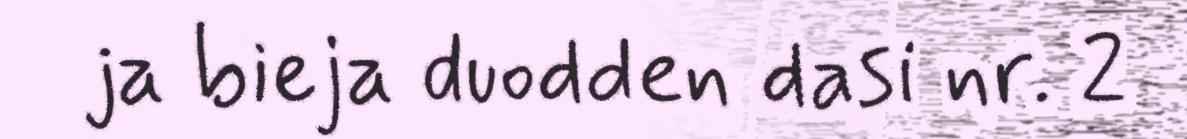
ja bieja duodden dasi nr. 2